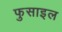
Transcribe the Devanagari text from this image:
फुसाइल